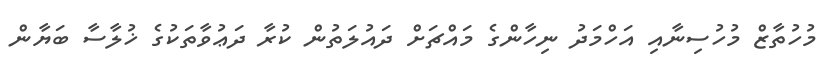
މުހުތާޒް މުހުސިނާއި އަހްމަދު ނިހާންގެ މައްޗަށް ދައުލަތުން ކުރާ ދަޢުވާތަކުގެ ޚުލާސާ ބަޔާން